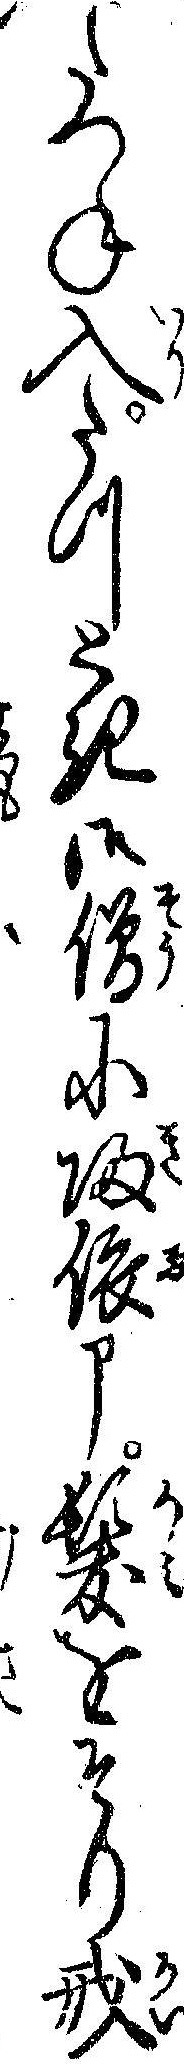
たつね入たつとき御僧に帰依申髪をそり戒